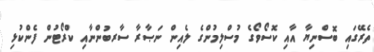
ތެރޭގައި ބޮސްނިޔާ އާއި ކޮސޯވޯގެ މުސްލިމުންގެ ލެއިން ނަޞާރާ ސާރބުންނާއި ކްރޯޓުން ފެންކުޅި